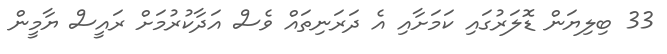
33 ބިލިޔަން ޑޮލަރުގައި ކަމަށާއި އެ ދަރަނިތައް ވެސް އަދާކުރުމަށް ރައީސް ޔާމީން